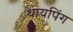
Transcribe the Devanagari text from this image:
थायपिंग